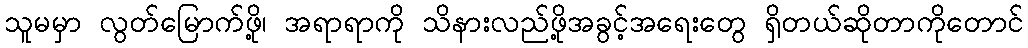
သူမမှာ လွတ်မြောက်ဖို့၊ အရာရာကို သိနားလည်ဖို့အခွင့်အရေးတွေ ရှိတယ်ဆိုတာကိုတောင်